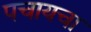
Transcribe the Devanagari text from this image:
पचायचा